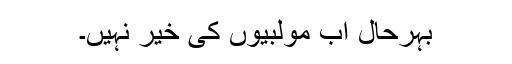
بہرحال اب مولبیوں کی خیر نہیں۔